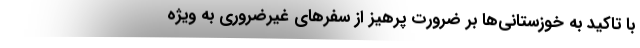
با تاکید به خوزستانی‌ها بر ضرورت پرهیز از سفرهای غیرضروری به ویژه